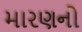
મારણનો